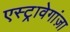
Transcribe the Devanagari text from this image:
एस्ट्रावेगांज़ा